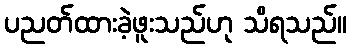
ပညတ်ထားခဲ့ဖူးသည်ဟု သိရသည်။